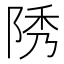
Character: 𨹳